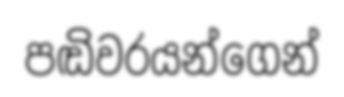
පඬිවරයන්ගෙන්